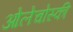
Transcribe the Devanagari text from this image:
ओलेचोस्की